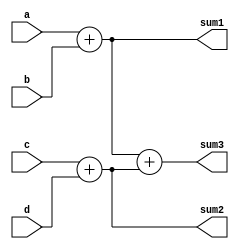

module adders_tree(
   input [3:0] a,
   input [3:0] b,
   input [7:0] c,
   input [7:0] d,
   output [4:0] sum1,
   output [8:0] sum2,
   output [9:0] sum3
);
  
  // The order of the assignments in NOT important
  assign sum1 = a + b;
  assign sum3 = sum1 + sum2;
  assign sum2 = c + d;
  
endmodule


`timescale 1us/1ns
module tb_adders_tree();
	
   reg [3:0] a, b;
   reg [7:0] c, d;
   wire [4:0] sum1;
   wire [8:0] sum2;
   wire [9:0] sum3;
	
    // Instantiate the DUT
    adders_tree ADD(
       .a(a),
       .b(b),
       .c(c),
       .d(d),
       .sum1(sum1),
       .sum2(sum2),
       .sum3(sum3)      
    );
  
    // Create stimulus
    initial begin
      $monitor(" a = %d, b = %d, c = %d, d = %d, sum1 = %d, sum2 = %d, sum3 = %d",
                 a ,b ,c, d, sum1, sum2, sum3);
       #1; a = 4'd0  ; b = 4'd3  ; c = 8'd1 ; d = 8'd255 ;
       #1; a = 4'd10 ; b = 4'd13 ; c = 8'd9 ; d = 8'd10 ;
       #1; a = 4'd15 ; b = 4'd15 ; c = 8'd109 ; d = 8'd37 ;
       #1; a = 4'd0  ; b = 4'd9  ; c = 8'd45 ; d = 8'd45 ;
       #1;
    end
  
endmodule